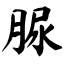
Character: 脲